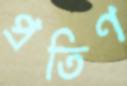
প্রতিণ